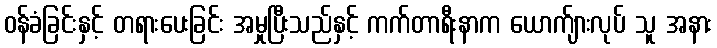
ဝန်ခံခြင်းနှင့် တရားပေးခြင်း အမှုပြီးသည်နှင့် ကက်တာရီးနာက ယောက်ျားလုပ် သူ အနား